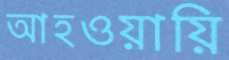
আহওয়ায়ি